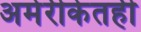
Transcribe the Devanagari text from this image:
अमेरीकेतही